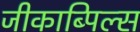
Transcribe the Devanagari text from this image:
जीकाब्पिल्स